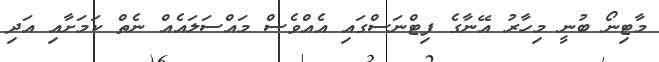
މާޓިނޯ ބުނީ މިހާރު އޭނާގެ ފިޓްނަސްގައި އެއްވެސް މައްސަލައެއް ނެތް ކަމަށާއި އަދި